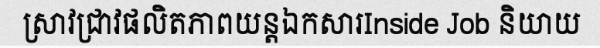
ស្រាវជ្រាវផលិតភាពយន្តឯកសារInside Job និយាយ